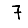
Digit: 7